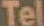
Tel